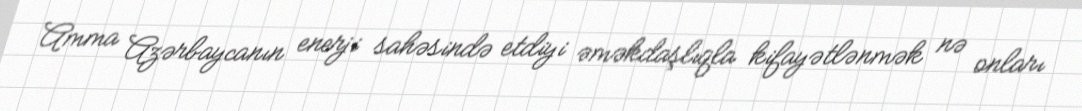
Amma Azərbaycanın enerji sahəsində etdiyi əməkdaşlıqla kifayətlənmək nə onları